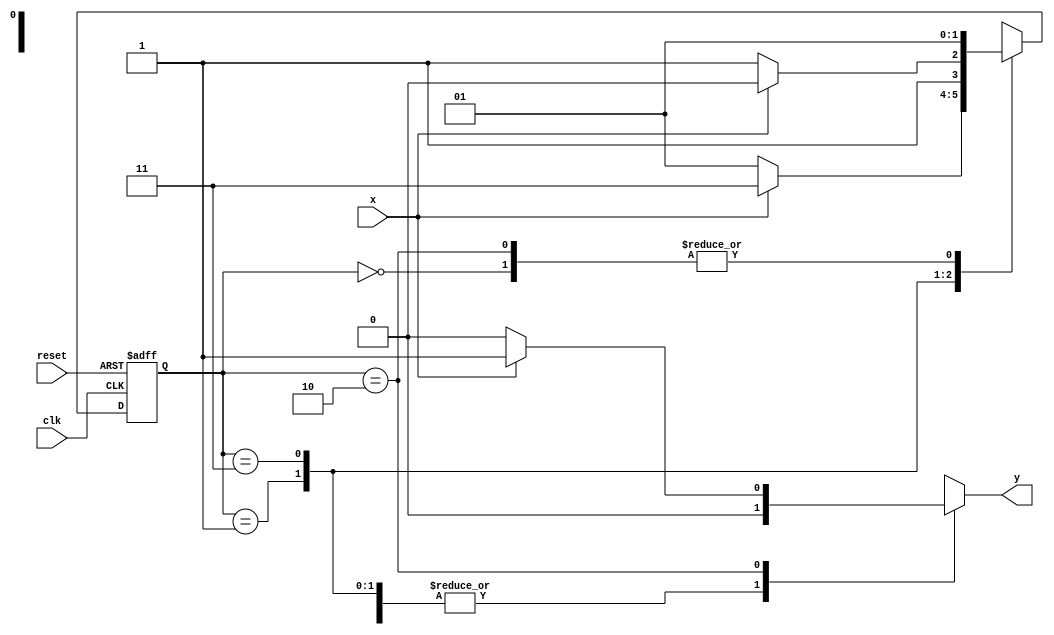
// ------------------------------------
// Nome: Patrick Flvio Teixeira Coura
// -------------------------------------

//---------------
//--Mealy FSM
//----------------

//constant definitions
`define found 1
`define notfound 0

//FSM by Mealy
module mealyx111(y, x, clk, reset);

output y;
input x;
input clk;
input reset;

reg y;

parameter //state identifiers
start = 2'b00,
id1 = 2'b01,
id011=2'b11,
id110=2'b10;


reg[1:0]E1;//current state variables
reg[1:0]E2;//next stat logic output

//next state logic
always @(x or E1)
begin
	y = `notfound;
case(E1)
	start:
		if(x)
			E2 = id1;
		else
			E2 = id1;
id1:
	if(x)
		E2 = id011;
	else
		E2 =	id1;
id011:
	if(x)
		E2 = id110;
	else
		E2 = id011;	
id110:
	if(x)
		begin
			E2 = id1;
			y = `found;
	   end
else
	begin
		E2 = id1;
		y = `notfound;
	end
default:  //undefined state
	E2 = 2'bxx;
endcase

end // always at signal or state changing

//state variables
always @(posedge clk or negedge reset)
begin
if(reset)
E1 = E2; //updates current state
else
E1 = 0; //reset

end // always at signal changing

endmodule // mealy1101